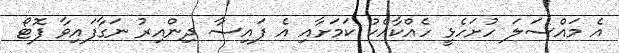
އެ މައްސަލަ ހުށަހެޅީ ހެއްކާއެކު ކަމަށާއި އެ ފައިސާ ދިންއިރު ނަގާފައިވާ ފޮޓޯ